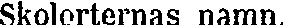
Skolorternas namn.